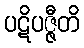
ပဋိပဇ္ဇီတိ